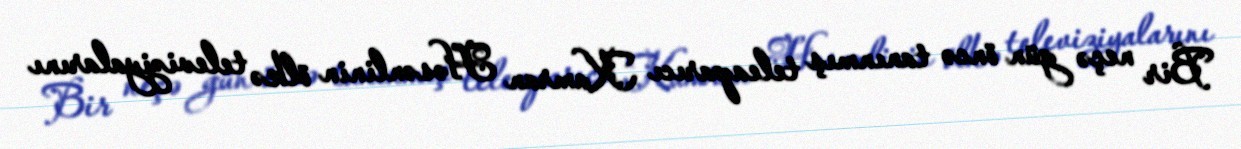
Bir neçə gün öncə tanınmış teleaparıcı Kamran Həsənlinin ölkə televiziyalarını